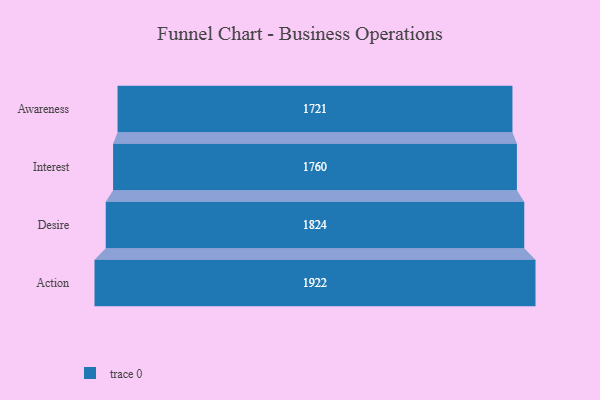
{"axis": {"x": "Stage", "y": "Value"}, "legend": [""], "data": [{"x": "Awareness", "y": 1721.0, "type": ""}, {"x": "Interest", "y": 1760.0, "type": ""}, {"x": "Desire", "y": 1824.0, "type": ""}, {"x": "Action", "y": 1922.0, "type": ""}]}